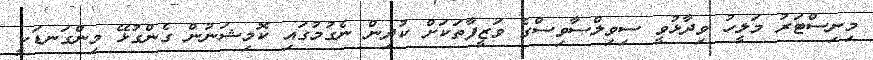
މިނިސްޓަރު މަލީހު ވިދާޅުވީ ސިވިލްސާވިސްގެ ވަޒީފާތަކަށް ކުދިން ނެގުމުގައި ކޮމިޝަނުން ގެންގުޅޭ މިންގަނޑަކީ